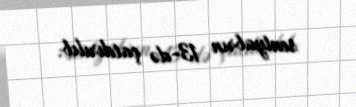
sentyabrın 13-də çatdırılıb.